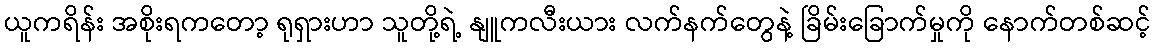
ယူကရိန်း အစိုးရကတော့ ရုရှားဟာ သူတို့ရဲ့ နျူကလီးယား လက်နက်တွေနဲ့ ခြိမ်းခြောက်မှုကို နောက်တစ်ဆင့်